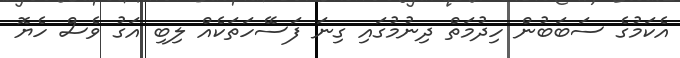
އެކަމުގެ ސަބަބުން ހިދުމަތް ދިނުމުގައި ގިނަ ފަސޭހަތަކެއް ލިބި އަގު ވެސް ހެޔޮ